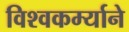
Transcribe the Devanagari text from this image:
विश्वकर्म्याने